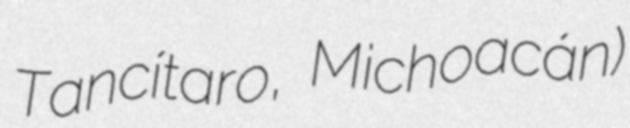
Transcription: Tancítaro, Michoacán)